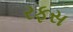
રફસ